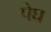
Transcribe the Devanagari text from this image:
पेघ